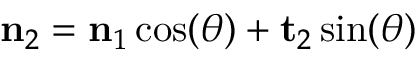
\mathbf { n } _ { 2 } = \mathbf { n } _ { 1 } \cos ( \theta ) + \mathbf { t } _ { 2 } \sin ( \theta )